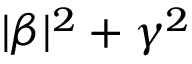
| \beta | ^ { 2 } + \gamma ^ { 2 }